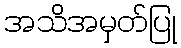
အသိအမှတ်ပြု